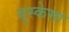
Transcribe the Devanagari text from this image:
बुस्केमा